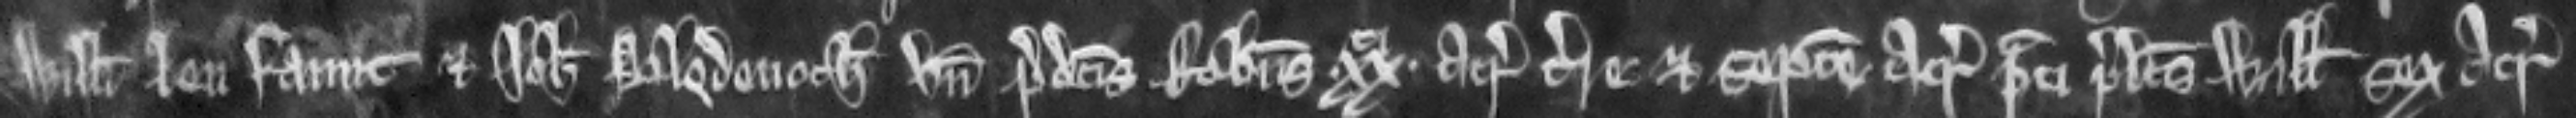
Willelmi Lenfaunt et Johannis Blodenoch unde predictus Robertus xx acras terre et septem acras prati predictus Willelmus sex acras